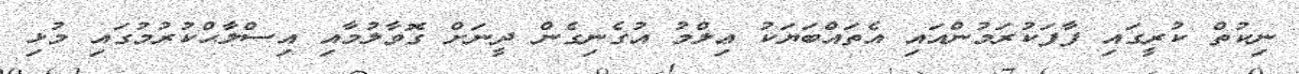
ނިކުތް ކުރީގައި ފާފަކުރަމުންއައި އެތައްބަޔަކު ޢިލްމު އުގެނިގެން ދީނަށް ގޮވާލުމާއި އިސްލާޙްކުރުމުގައި މުޅި